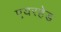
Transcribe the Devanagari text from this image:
एयरहेड